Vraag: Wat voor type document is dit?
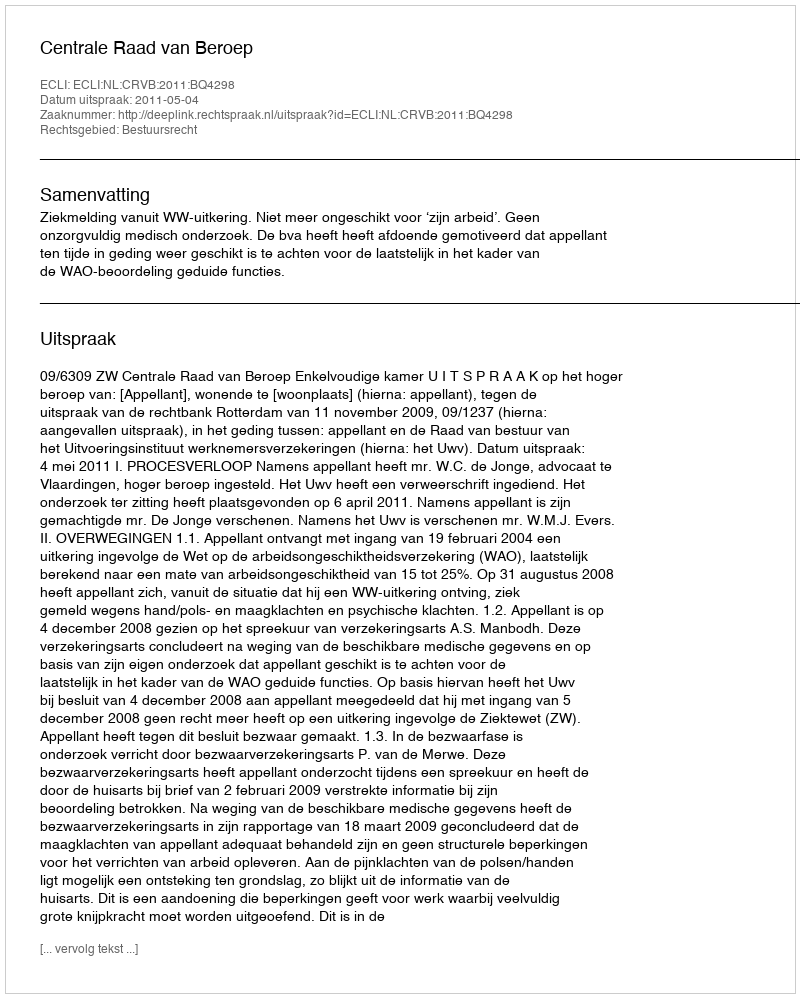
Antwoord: Uitspraak